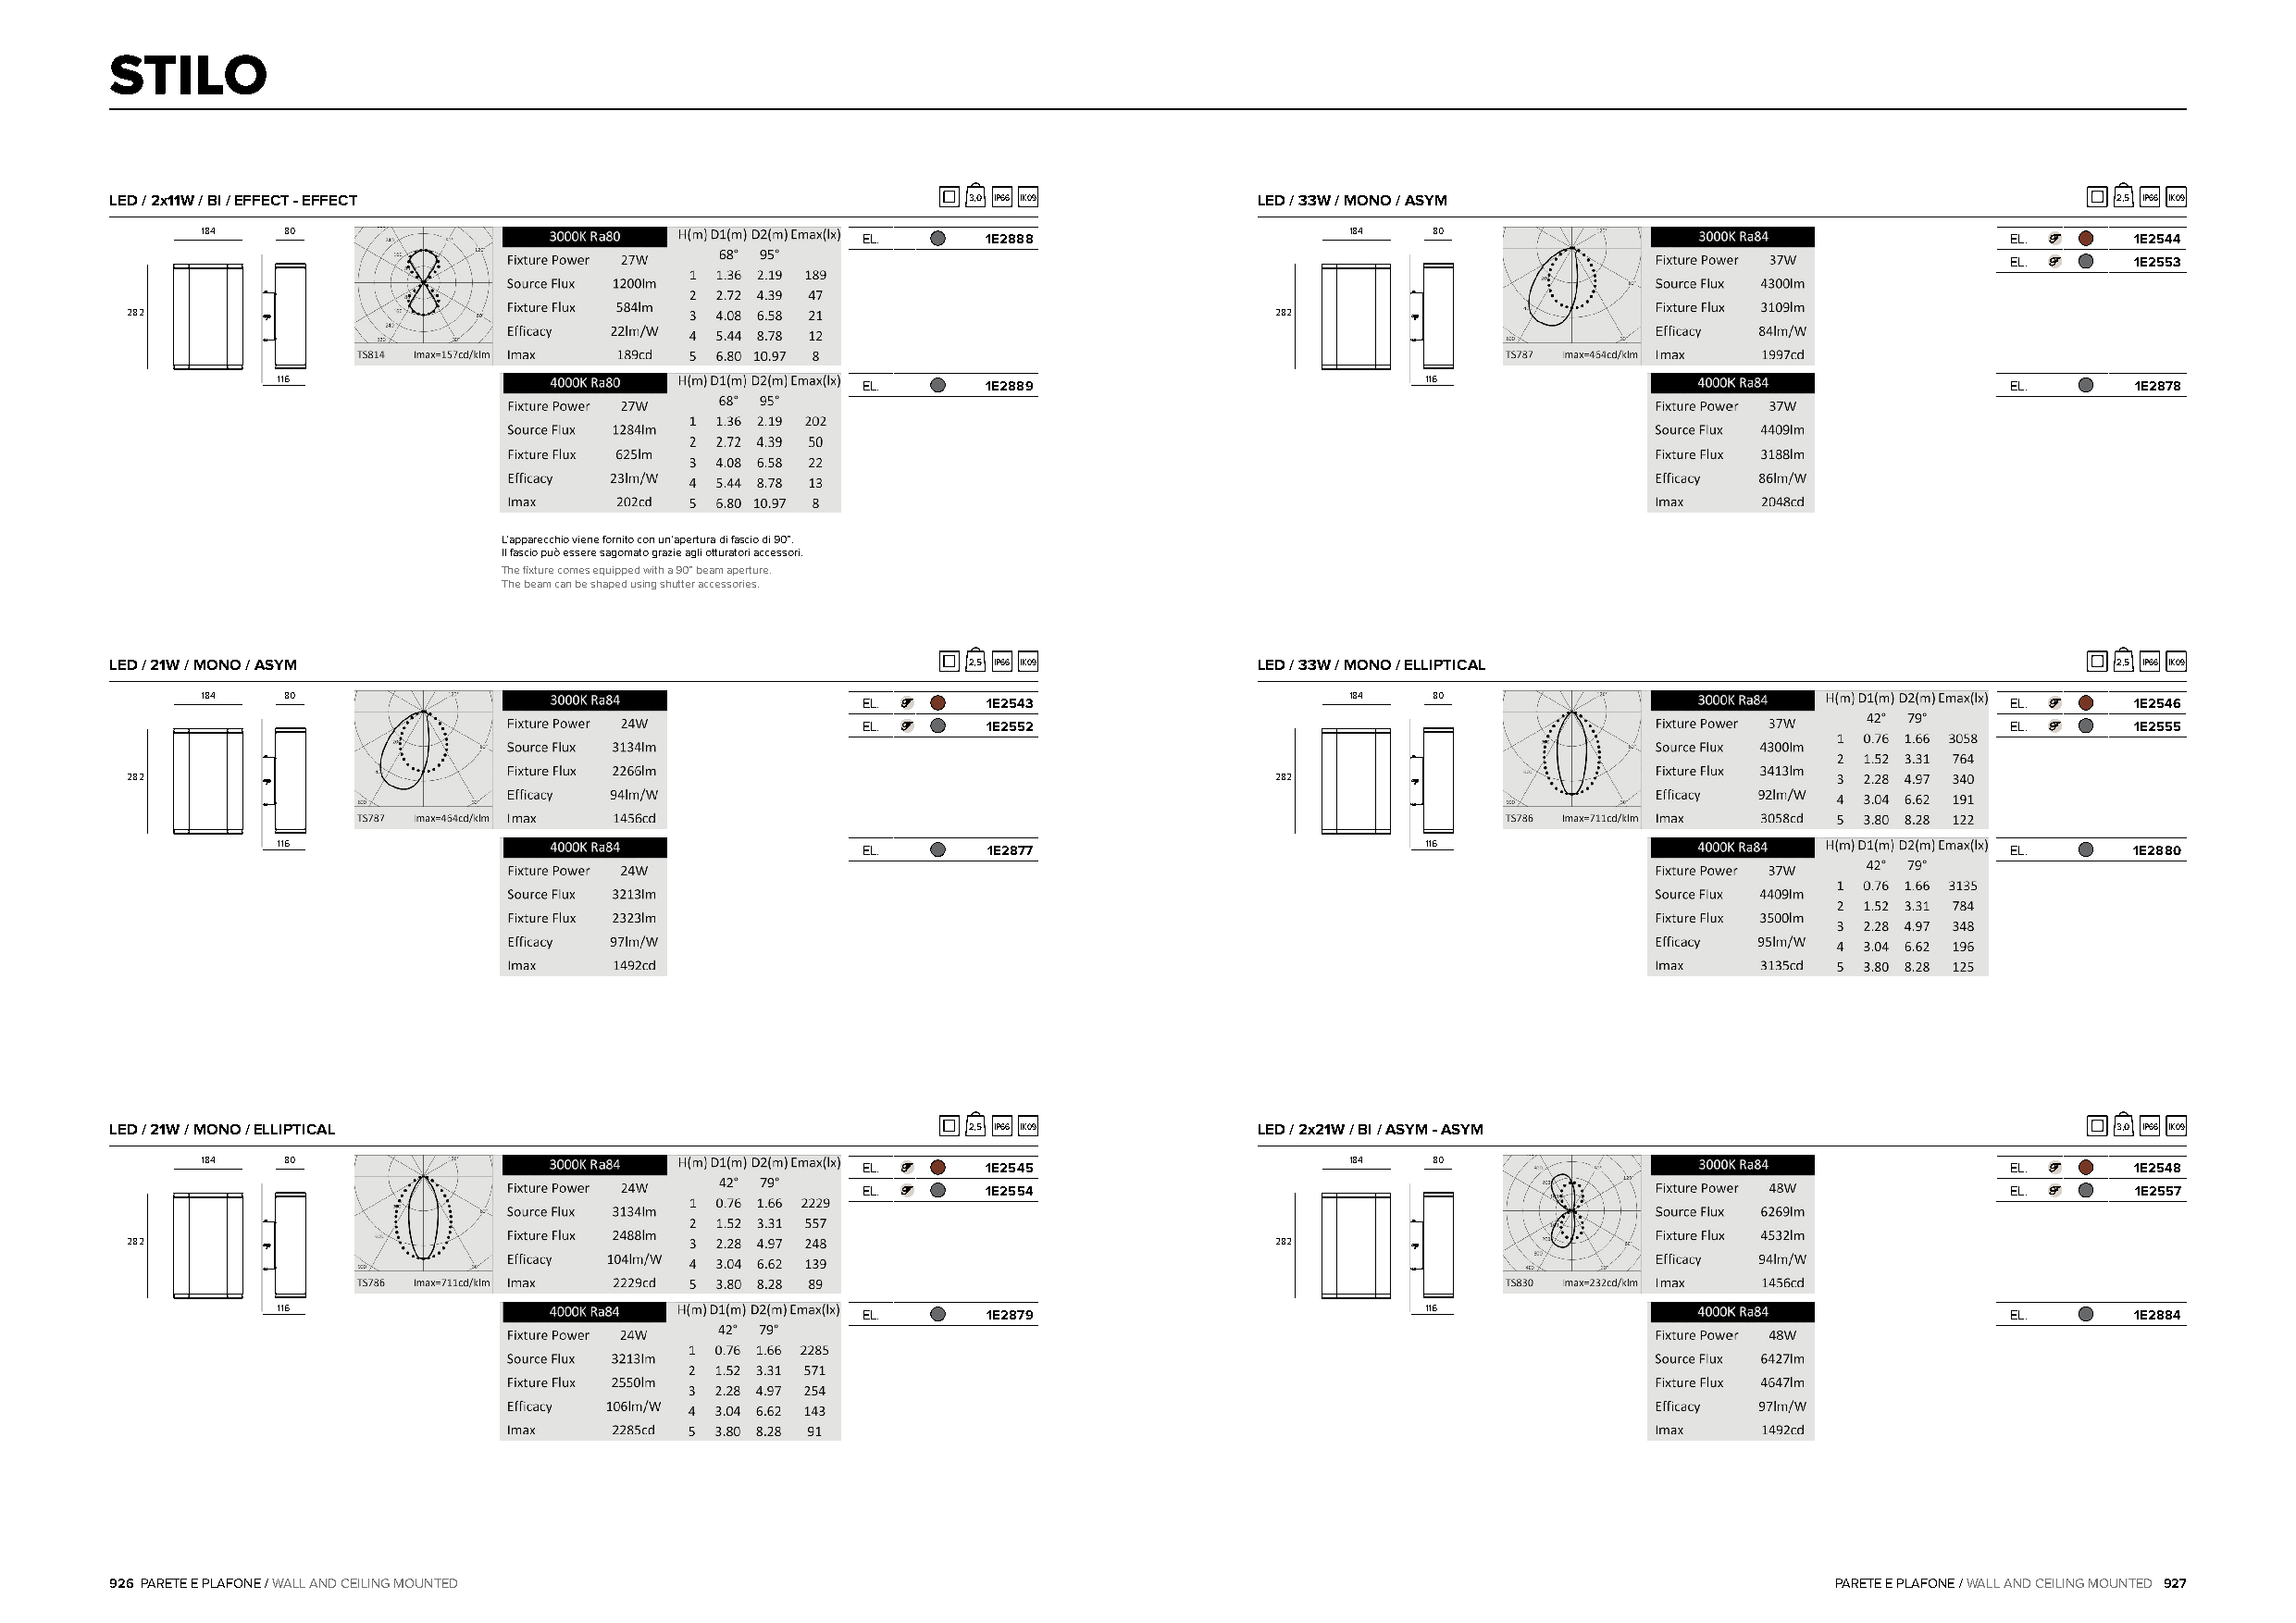
STILO
 LED / 2x11W / BI / EFFECT - EFFECT                           3,0 IP66 IK09        LED / 33W / MONO / ASYM                                      2,5 IP66 IK09
 184   80                                                                          184   80
 EL.     1E2888                                                                    EL.      1E2544
 EL.      1E2553
 282                                                                               282
 116                                       EL.     1E2889                          116                                       EL.      1E2878
 L’apparecchio viene fornito con un’apertura di fascio di 90°.
 Il fascio può essere sagomato grazie agli otturatori accessori.
 The fixture comes equipped with a 90° beam aperture.
 The beam can be shaped using shutter accessories.
 LED / 21W / MONO / ASYM                                      2,5 IP66 IK09        LED / 33W / MONO / ELLIPTICAL                                2,5 IP66 IK09
 184   80                                                                          184   80
 EL.      1E2543                                                                   EL.      1E2546
 EL.      1E2552                                                                   EL.      1E2555
 282                                                                               282
 116                                       EL.      1E2877                         116                                       EL.      1E2880
 LED / 21W / MONO / ELLIPTICAL                                2,5 IP66 IK09        LED / 2x21W / BI / ASYM - ASYM                               3,0 IP66 IK09
 184   80                                                                          184   80
 EL.      1E2545                                                                   EL.      1E2548
 EL.      1E2554                                                                   EL.      1E2557
 282                                                                               282
 116                                       EL.      1E2879                         116                                       EL.      1E2884
 926 PARETE E PLAFONE / WALL AND CEILING MOUNTED                                                                            PARETE E PLAFONE / WALL AND CEILING MOUNTED 927